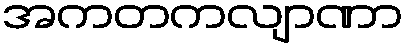
အကတကလျာဏာ